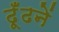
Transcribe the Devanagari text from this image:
ढूँढनें